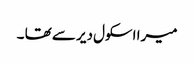
میرا اسکول دیر سے تھا ۔